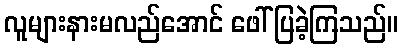
လူများနားမလည်အောင် ဖေါ်ပြခဲ့ကြသည်။